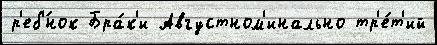
р'еб'́нок Бра́к'и Августном'инально тр'е́т'ий